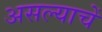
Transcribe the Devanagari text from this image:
असल्याचें